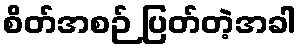
စိတ်အစဉ် ပြတ်တဲ့အခါ